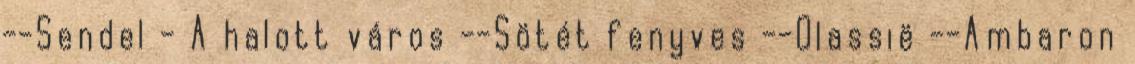
--Sendel - A halott város --Sötét fenyves --Olassië --Ambaron